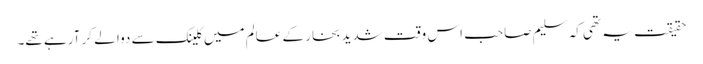
حقیقت یہ تھی کہ سلیم صاحب اس وقت شدید بخار کے عالم میں کلینک سے دوا لے کر آرہے تھے۔